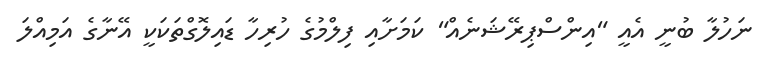
ނަހުލާ ބުނީ އެއީ "އިންސްޕިރޭޝަނެއް" ކަމަށާއި ފިލްމުގެ ހުރިހާ ޑައިލޮގްތަކަކީ އޭނާގެ އަމިއްލަ